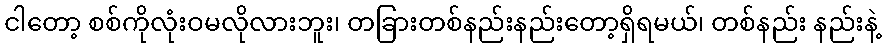
ငါတော့ စစ်ကိုလုံးဝမလိုလားဘူး၊ တခြားတစ်နည်းနည်းတော့ရှိရမယ်၊ တစ်နည်း နည်းနဲ့